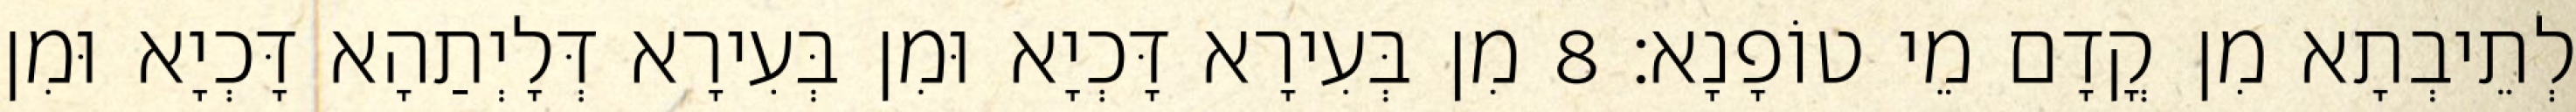
לְתֵיבְתָא מִן קֳדָם מֵי טוֹפָנָא׃ 8 מִן בְּעִירָא דָּכְיָא וּמִן בְּעִירָא דְּלָיְתַהָא דָּכְיָא וּמִן